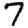
Digit: 7